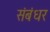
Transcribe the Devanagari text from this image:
संबंधर